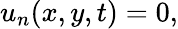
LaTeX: u_{n}(x,y,t)=0,